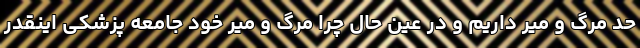
حد مرگ و میر داریم و در عین حال چرا مرگ و میر خود جامعه پزشکی اینقدر